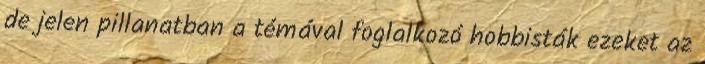
de jelen pillanatban a témával foglalkozó hobbisták ezeket az